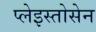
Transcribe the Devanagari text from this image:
प्लेइस्तोसेन